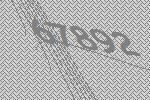
67892